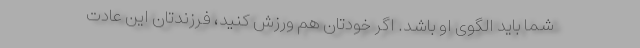
شما باید الگوی او باشد. اگر خودتان هم ورزش کنید، فرزندتان این عادت